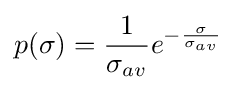
p(\sigma )={\frac {1}{\sigma _{av}}}e^{-{\frac {\sigma }{\sigma _{av}}}}